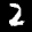
Label: 2